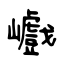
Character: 巇